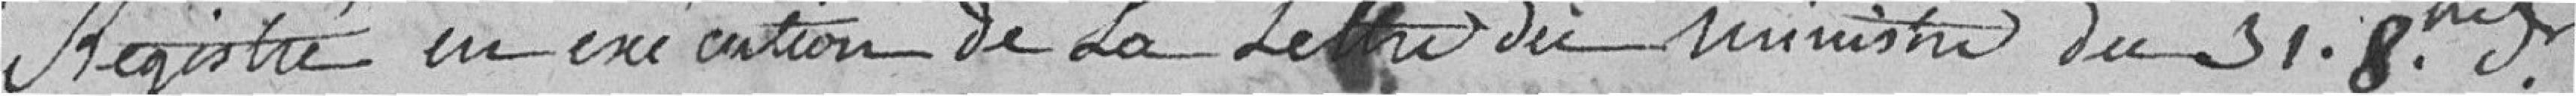
Registré en exécution de la lettre du ministre du 31 8bre